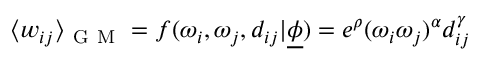
\langle w _ { i j } \rangle _ { \mathrm { ~ G ~ M ~ } } = f ( \omega _ { i } , \omega _ { j } , d _ { i j } | \underline { { \phi } } ) = e ^ { \rho } ( \omega _ { i } \omega _ { j } ) ^ { \alpha } d _ { i j } ^ { \gamma }